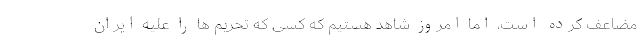
مضاعف کرده است، اما امروز شاهد هستیم که کسی که تحریم ها را علیه ایران